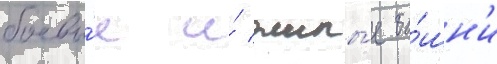
боевы́е и́ жилы́е ба́шн'и